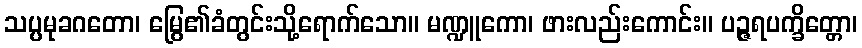
သပ္ပမုခဂတော၊ မြွေ၏ခံတွင်းသို့ရောက်သော။ မဏ္ဍူကော၊ ဖားလည်းကောင်း။ ပဉ္ဇရပက္ခိတ္တော၊